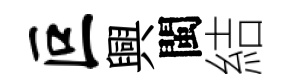
叵興閩結